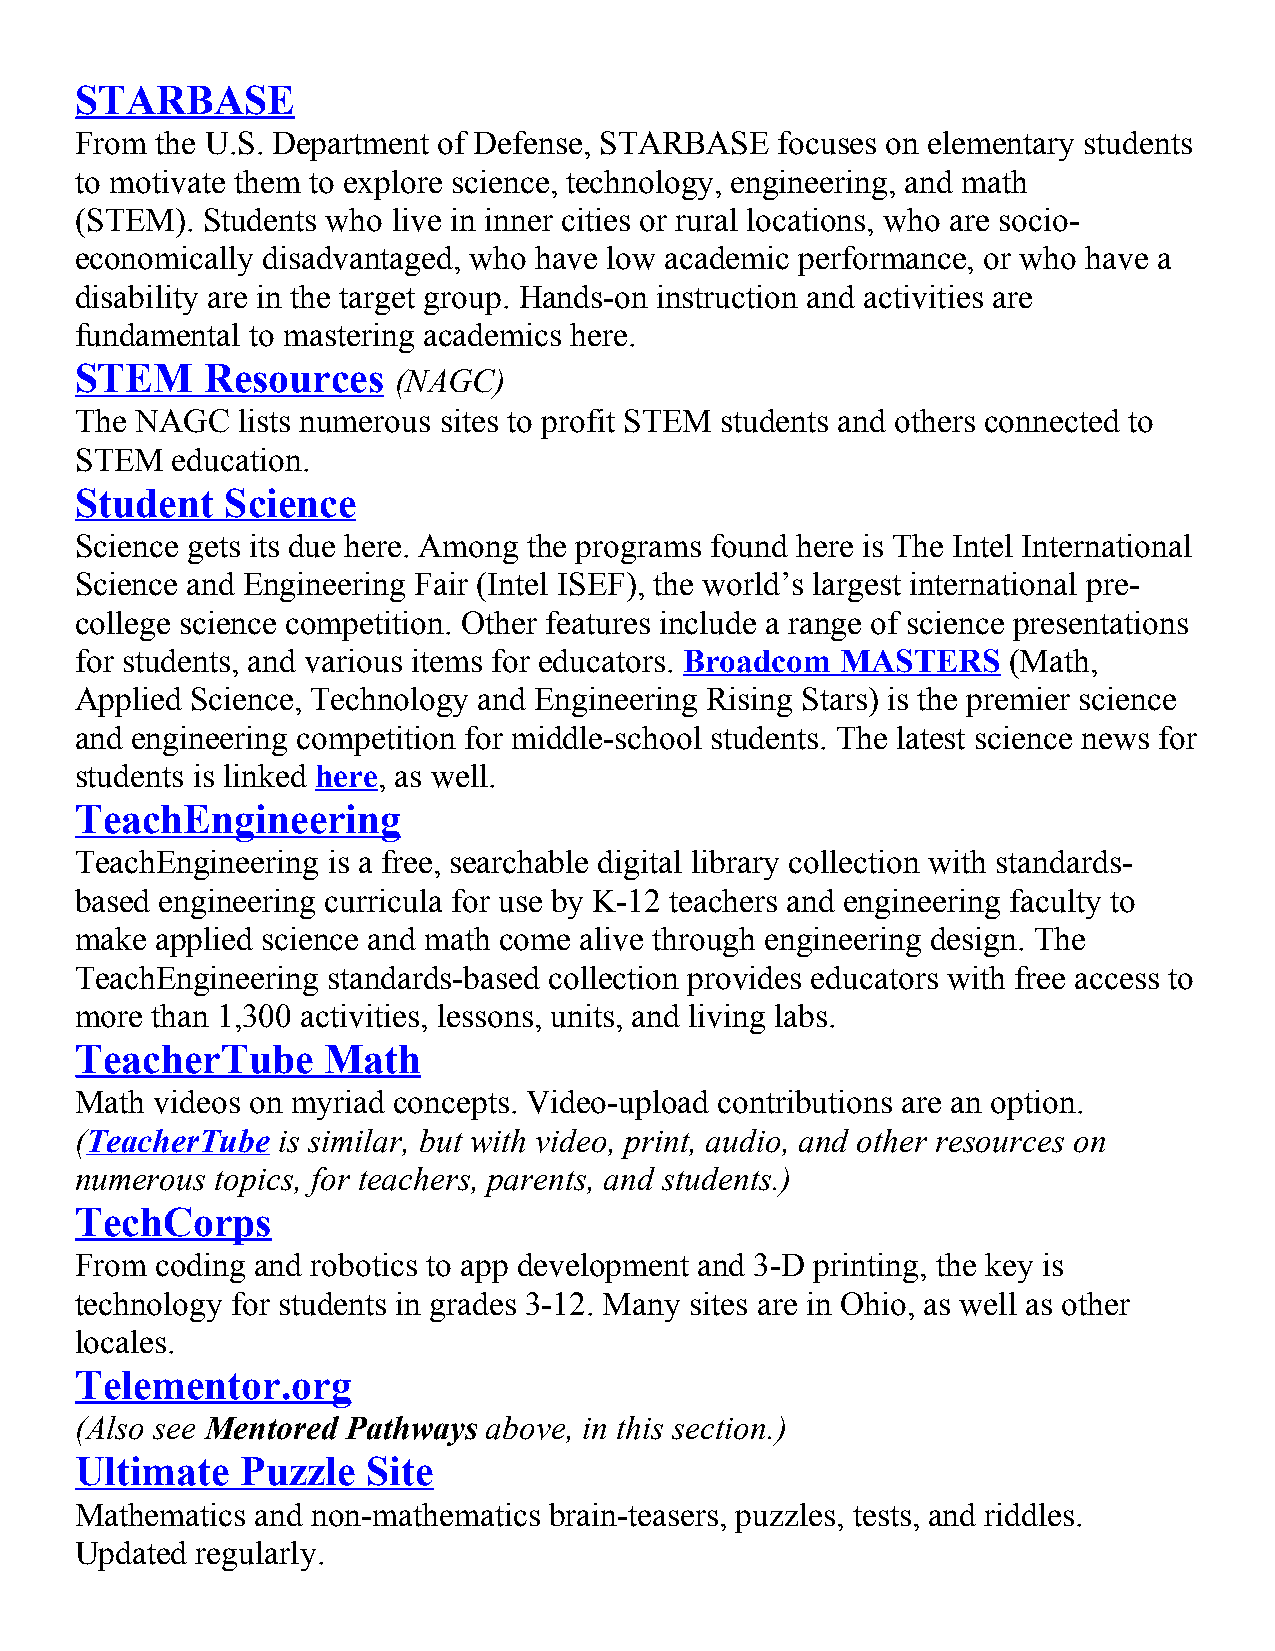
STARBASE
 From the U.S. Department of Defense, STARBASE  focuses on elementary students
 to motivate them to explore science, technology, engineering, and math
 (STEM). Students who live in inner cities or rural locations, who are socio-
 economically disadvantaged, who have low academic performance, or who have a
 disability are in the target group. Hands-on instruction and activities are
 fundamental to mastering academics here.
 STEM    Resources
 (NAGC)
 The NAGC   lists numerous sites to profit STEM students and others connected to
 STEM  education.
 Student   Science
 Science gets its due here. Among the programs found here is The Intel International
 Science and Engineering Fair (Intel ISEF), the world’s largest international pre-
 college science competition. Other features include a range of science presentations
 for students, and various items for educators. Broadcom MASTERS (Math,
 Applied Science, Technology and Engineering Rising Stars) is the premier science
 and engineering competition for middle-school students. The latest science news for
 students is linked here, as well.
 TeachEngineering
 TeachEngineering is a free, searchable digital library collection with standards-
 based engineering curricula for use by K-12 teachers and engineering faculty to
 make applied science and math come alive through engineering design. The
 TeachEngineering standards-based collection provides educators with free access to
 more than 1,300 activities, lessons, units, and living labs.
 TeacherTube     Math
 Math videos on myriad concepts. Video-upload contributions are an option.
 (TeacherTube is similar, but with video, print, audio, and other resources on
 numerous topics, for teachers, parents, and students.)
 TechCorps
 From coding and robotics to app development and 3-D printing, the key is
 technology for students in grades 3-12. Many sites are in Ohio, as well as other
 locales.
 Telementor.org
 (Also see Mentored Pathways above, in this section.)
 Ultimate   Puzzle  Site
 Mathematics and non-mathematics brain-teasers, puzzles, tests, and riddles.
 Updated regularly.